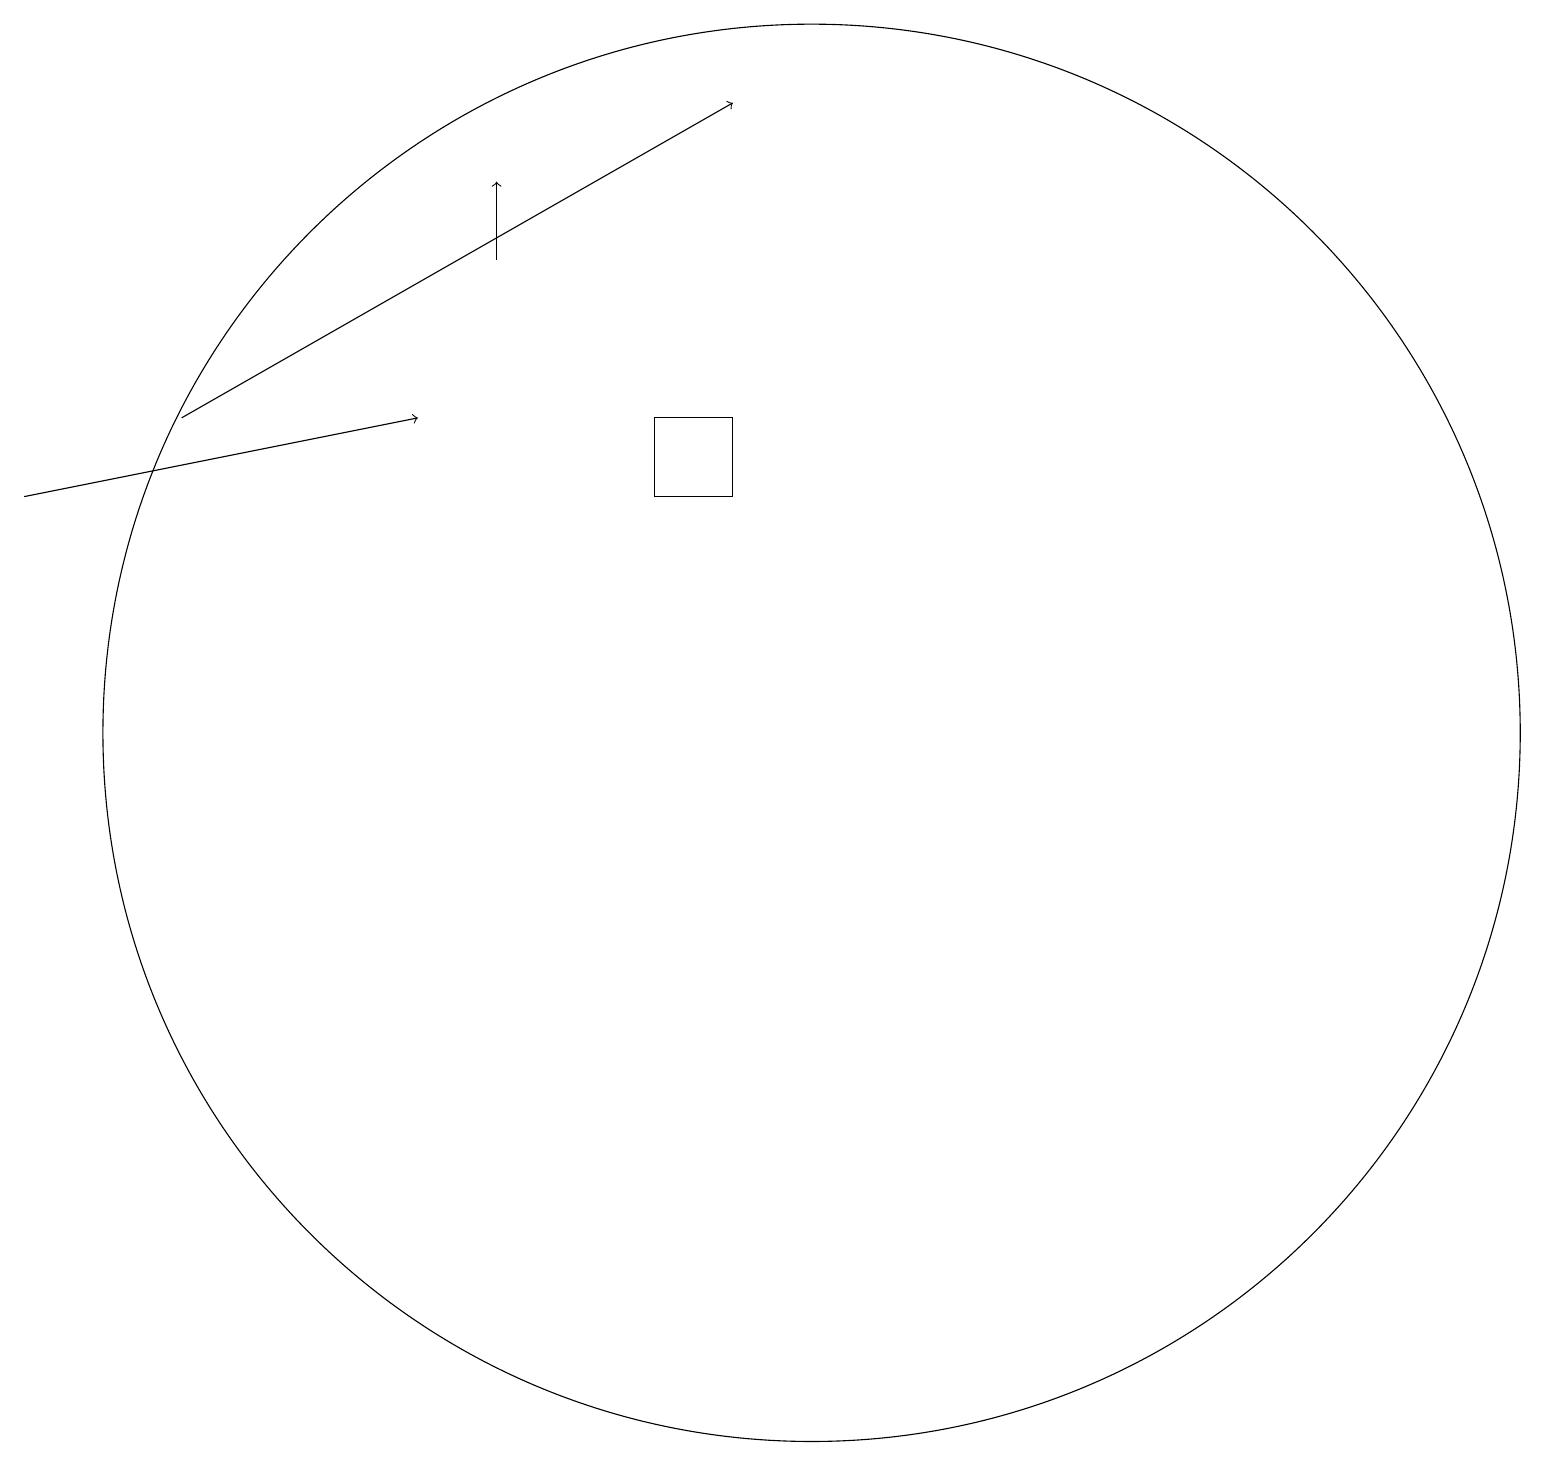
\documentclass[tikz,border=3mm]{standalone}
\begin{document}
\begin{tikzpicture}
\draw[->] (2,14) -- (9,18);
\draw[->] (0,13) -- (5,14);
\draw (10,10) circle (9);
\draw[->] (6,16) -- (6,17);
\draw (8,14) rectangle (9,13);
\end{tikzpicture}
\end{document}